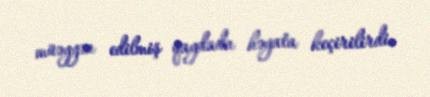
müəyyən edilmiş qaydada həyata keçirilirdi.